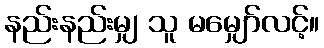
နည်းနည်းမျှ သူ မမျှော်လင့်။